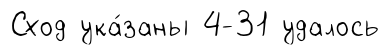
Сход ука́заны 4-31 удалось